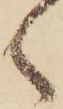
く